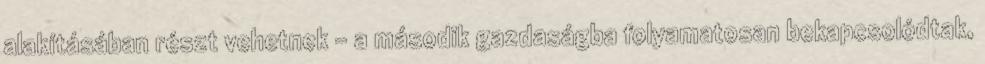
alakításában részt vehetnek - a második gazdaságba folyamatosan bekapcsolódtak,